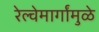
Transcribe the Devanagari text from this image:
रेल्वेमार्गांमुळे